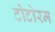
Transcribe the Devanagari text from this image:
टोटोरम